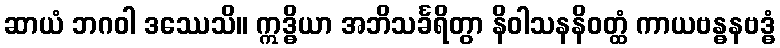
ဆာယံ ဘဂဝါ ဒဿေသိ။ ဣဒ္ဓိယာ အဘိသင်္ခရိတွာ နိဝါသနနိဝတ္ထံ ကာယဗန္ဓနဗဒ္ဓံ